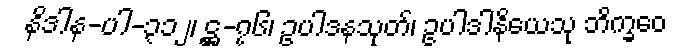
နိဒါန-ပါ-၃၁၂၊ ဋ္ဌ-၇၆၊ ဥပါဒနသုတ်၊ ဥပါဒါနိယေသု ဘိက္ခဝေ